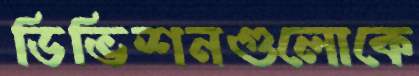
ডিভিশনগুলোকে